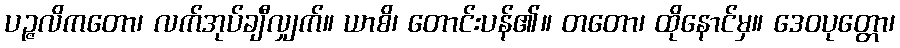
ပဉ္ဇလိကတော၊ လက်အုပ်ချီလျှက်။ ယာစိ၊ တောင်းပန်၏။ တတော၊ ထိုနောင်မှ။ ဒေဝပုတ္တော၊